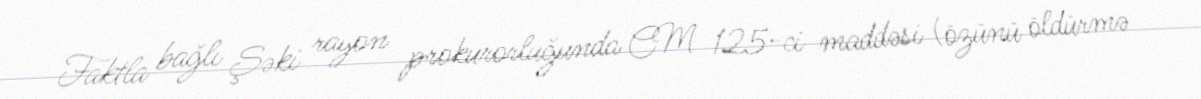
Faktla bağlı Şəki rayon prokurorluğunda CM 125-ci maddəsi (özünü öldürmə